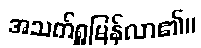
အသက်ရှူမြန်လာ၏။